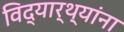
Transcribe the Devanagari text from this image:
विद्यार्थ्‍यांना